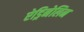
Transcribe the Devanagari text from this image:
ऐड्रिनेलिन